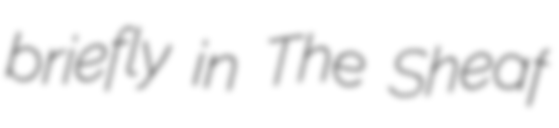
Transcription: briefly in The Sheaf